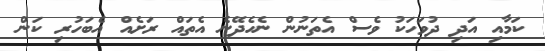
ކަމާއި އަދި ދުވަހަކު ވެސް އެތަނުން ނެހެދޭނެ އެތައް ރަށެއް އެބަހުރި ކަން